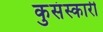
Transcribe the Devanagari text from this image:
कुसंस्कारी